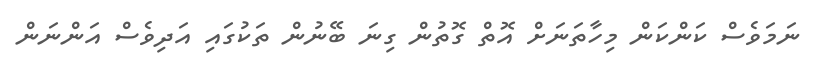
ނަމަވެސް ކަންކަން މިހާތަނަށް އޮތް ގޮތުން ގިނަ ބޭނުން ތަކުގައި އަދިވެސް އަންނަން